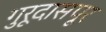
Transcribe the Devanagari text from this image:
गुरूदासपूर